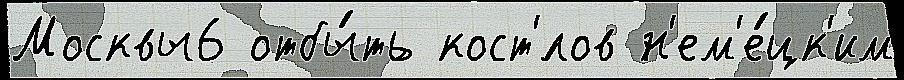
Москвы6 отбы́ть кост'́лов н'ем'е́цк'им